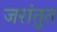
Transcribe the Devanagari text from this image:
जरांतुत